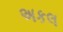
અકલ